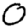
Digit: 0